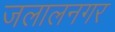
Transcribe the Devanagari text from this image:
जलालनगर